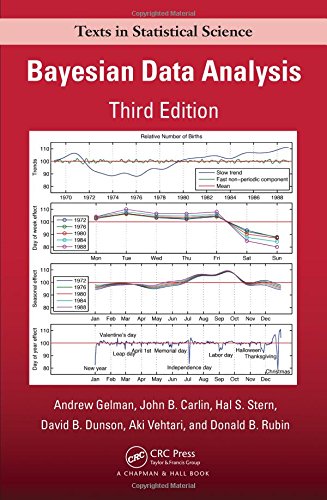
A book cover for Bayesian Data Analysis, Third Edition (Chapman & Hall/CRC Texts in Statistical Science); Andrew Gelman; Science & Math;